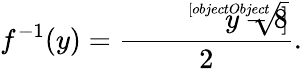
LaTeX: f^{-1}(y)={\frac{{\sqrt[[objectObject]]{y}}-8}{2}}.